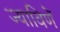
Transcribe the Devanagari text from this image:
ज्याविणें